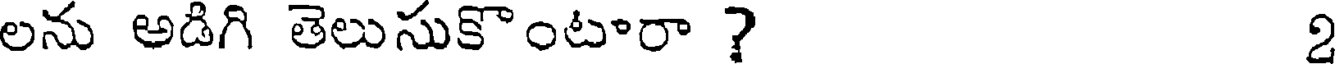
లను అడిగి తెలుసుకొంటారా ? 2